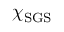
\chi _ { \mathrm { S G S } }